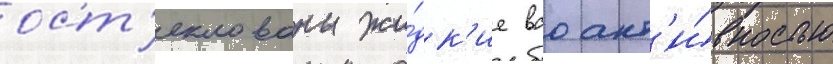
ост'еклованы жи́дк'ие вао акт'и́вностью